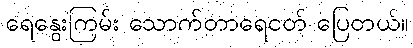
ရေနွေးကြမ်း သောက်တာရေငတ် ပြေတယ်။